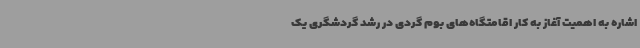
اشاره به اهمیت آغاز به کار اقامتگاه‌های بوم گردی در رشد گردشگری یک